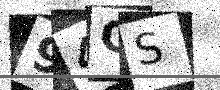
Text: 94OS